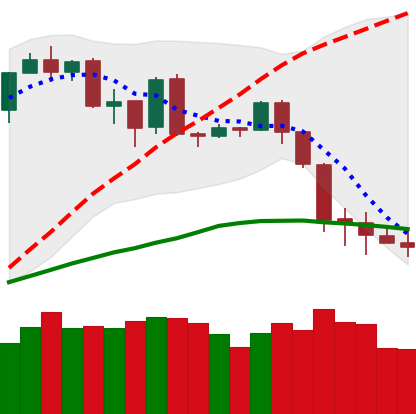
Ticker: BTC-USD
Chart end date: 2020-03-01
Forward return: 6.541%
Label: up_5_7